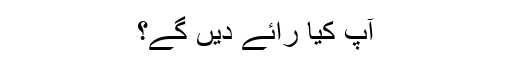
آپ کیا رائے دیں گے؟